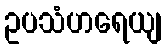
ဥပသံဟရေယျ